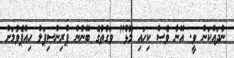
ނުދައްކަން ވީ. އޭނާ ވެސް ކިހައި މޮޅު" ވަގުތުގެ ބޭނުން ޕްރިންސިޕަލް ހިއްޕެވުމަށް